Report of an investigation into the causes of malaria in Bombay and the measures necessary for its control
Disease focus: Malaria
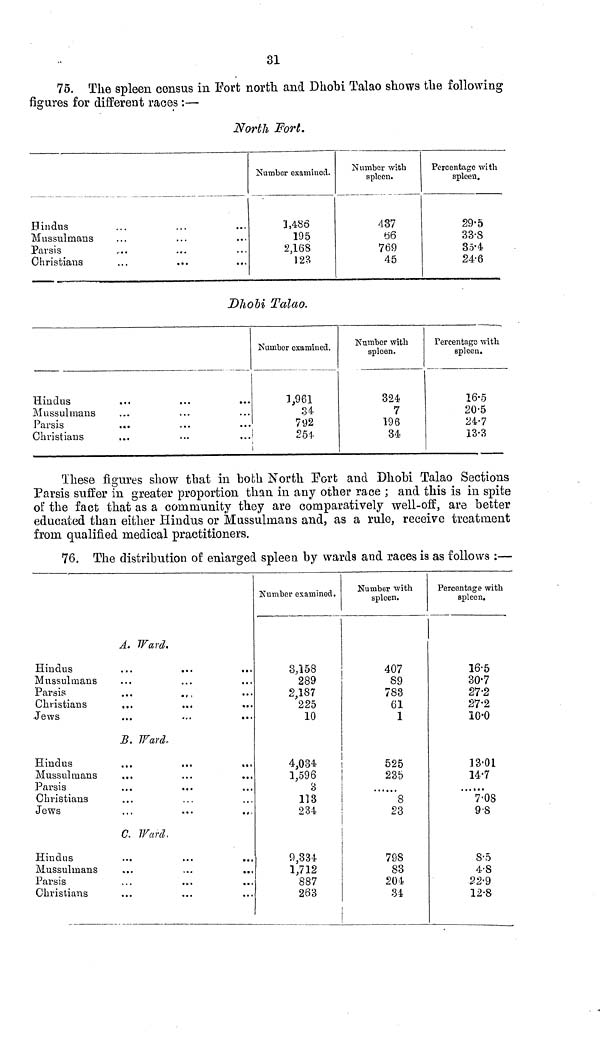
31
75. The spleen census in Fort north and Dhohi Talao shows the following
figures for different races :—
North Fort.
Hindus
Mussulmans
Parsis
Christians
Number examined.
1,480
195
2,168
123
Number with
spleen.
437
66
769
45
Percentage with
spleen.
29.5
33.8
35.4
24.6
Dhobi Talao.
Hindus
Mussulmans
Parsis
Christians
Number examined.
1,961
34
792
Number with
spleen.
324
7
196
34
Percentage with
spleen.
16.5
20.5
24.7
13.3
These figures show that in both North Port and Dhohi Talao Sections
Parsis suffer in greater proportion than in any other race ; and this is in spite
of the fact that as a community they are comparatively well-off, are better
educated than either Hindus or Mussulmans and, as a rule, receive treatment
from qualified medical practitioners.
76. The distribution of enlarged spleen by wards and races is as follows :—
A. Ward.
Hindus
Mussulmans
Parsis
Christians
...
...
Jews
B. Ward,
Hindus
Mussulmans
Parsis
Christians
Jews
C. Ward,
Hindus
Mussulmans
Parsis
Christians
Number examined.
3,158
289
2,187
225
10
4,034
1,596
3
113
234
9,334
1,712
887
263
Number with
spleen.
407
89
783
61
1
525
235
8
23
798
83
204
34
Percentage with
spleen.
16.5
30.7
27.2
27.2
10.0
13.01
14.7
7.08
98
8.5
4.8
22.9
12.8